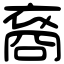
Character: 裔